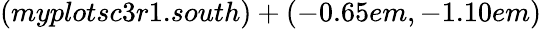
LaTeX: (myplotsc3r1.south)+(-0.65em,-1.10em)